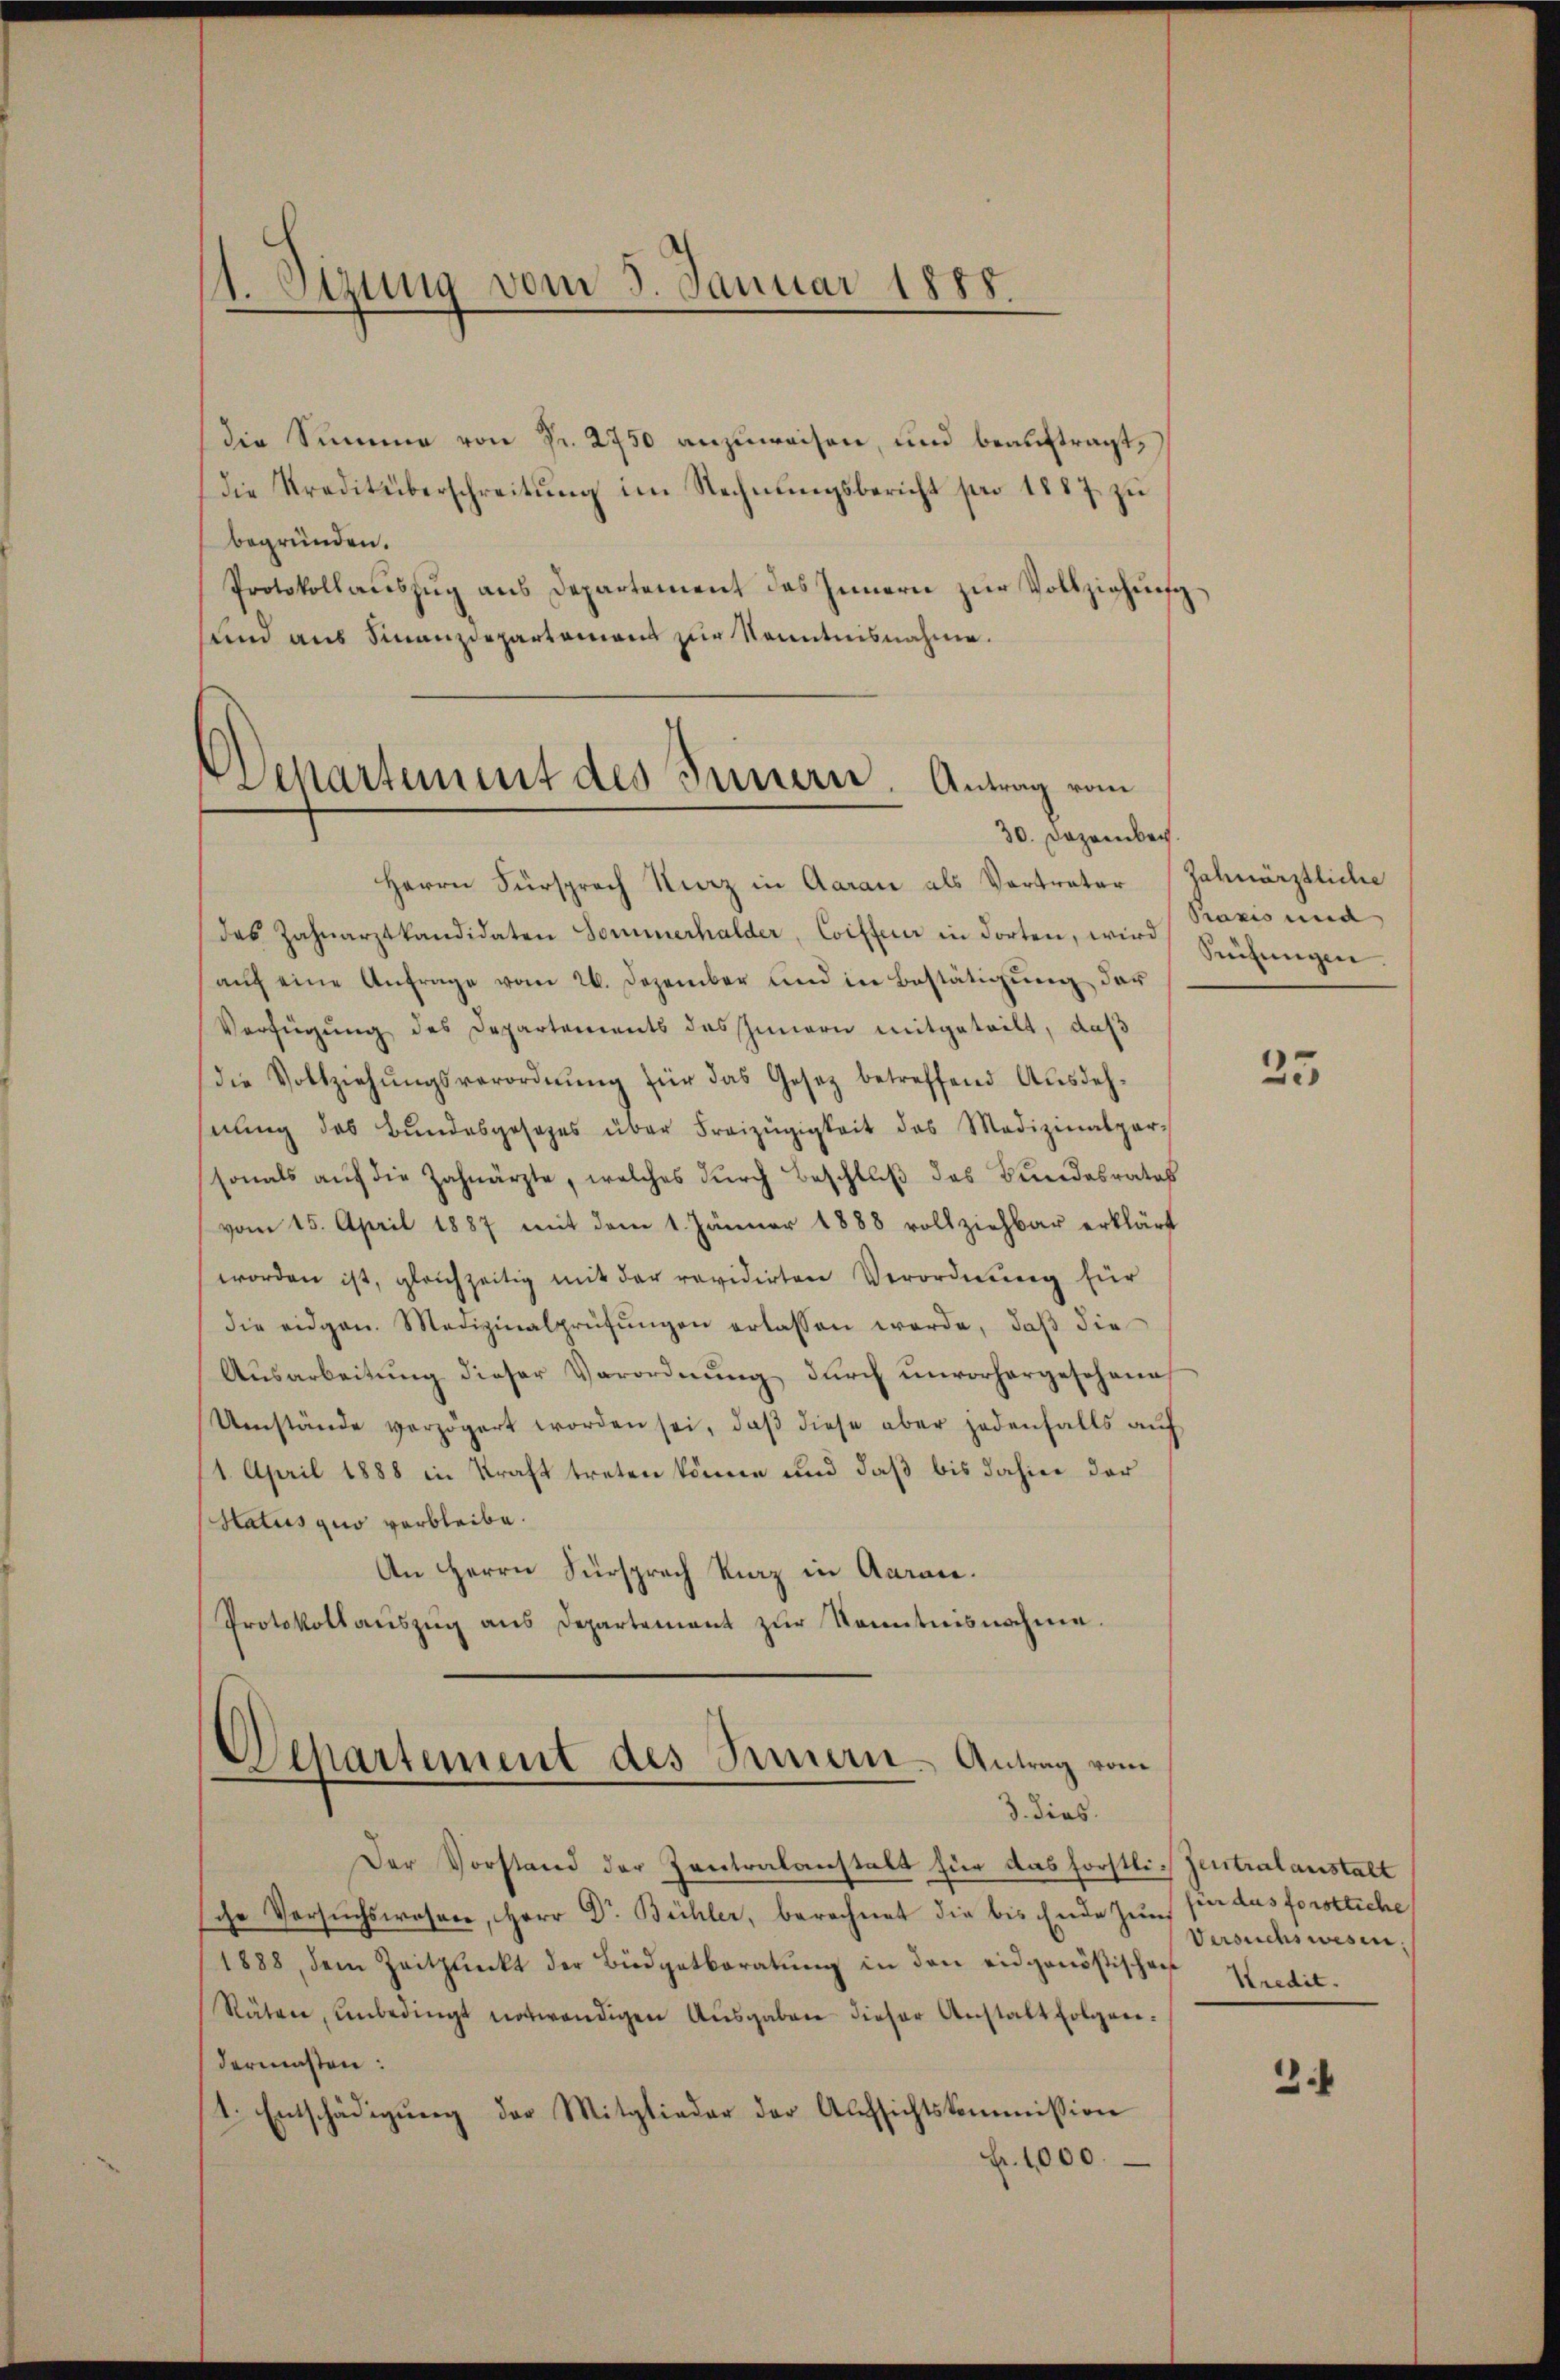
1. Stung vom 3. Januar 1888.

(die Summe von Fr. 2750 anzuweisen, und beauftragt,
Die Kreditüberschreitung im Rechnungsbericht pro 1887 zu
begründen.
Protokollaŭszŭg ans Departement des Innern zur Vollziehung¬
und aus Finanzdepartamens zur Kenntnisnahme.

Departement des Innern. Antrag vom
30. Dezember

Herrn Fürsprach Merz in Aarau als Vortreter Zahnärztliche
das Zahnarztkandidaten Sommerhalder, Coifferer in dorten, wird Schungen.
aŭf eine Anfrage vom 26. Dezember und in Bestätigŭng der
Verfügung des Departements des Innern mitgeteilt, daß
(die Vollziehŭngsverordnŭng für das Gesetz betreffend Ausdeh-
nŭng des Bŭndesgesezes über Freizügigkeit des Medizinalpar-
sonals aŭf die Zahnärzte, welches durch Beschluß des Bundesrates
vom 15. April 1887 mit dem 1. Jänner 1888 vollziehbar erklärt
worden ist, gleichzeitig mit der revidirten Verordnung für
die eidgen. Medizinalprüfŭngen erlassen werde, daβ die
Ausarbeitŭng dieser Verordnŭng durch unvorhergeschönes
Umstände verzögert worden sei, daβ diese aber jedenfalls auf
1. April 1888 in Kraft treten könne und daß bis dahin der
Hatus quo verbleibe.
An Herrn Fürsprach Kurz in Aarare.
Protokollaŭszŭg ans Departement zŭr Kenntnisnahme.

Departement des Innern. Antrag vom
3. dies

Der Vorstand der Zentralanstalt für das Forstli- Zentralanstalt
che Versuchswosare, Herr Dr. Bühler, berechnet die bis Ende zu für das forstliche
1888, dem Zeitpunkt der Büdgetberatŭng in den eidgenößischen Kredit-
Räten, ŭnbedingt notwendigen Aŭsgaben dieser Anstalt folgen-
dermassen:
1. Entschädigung der Mitglieder der Aufsichtskommission
Fr. 1000.

Praxis und

25

Versuchswesen.

3